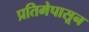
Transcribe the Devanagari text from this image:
प्रतिमेपासून